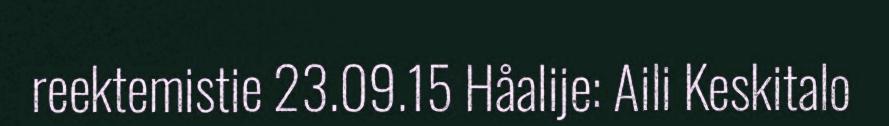
reektemistie 23.09.15 Håalije: Aili Keskitalo